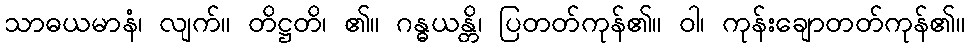
သာဓယမာနံ၊ လျက်။ တိဋ္ဌတိ၊ ၏။ ဂန္ဓယန္တိ၊ ပြတတ်ကုန်၏။ ဝါ၊ ကုန်းချောတတ်ကုန်၏။